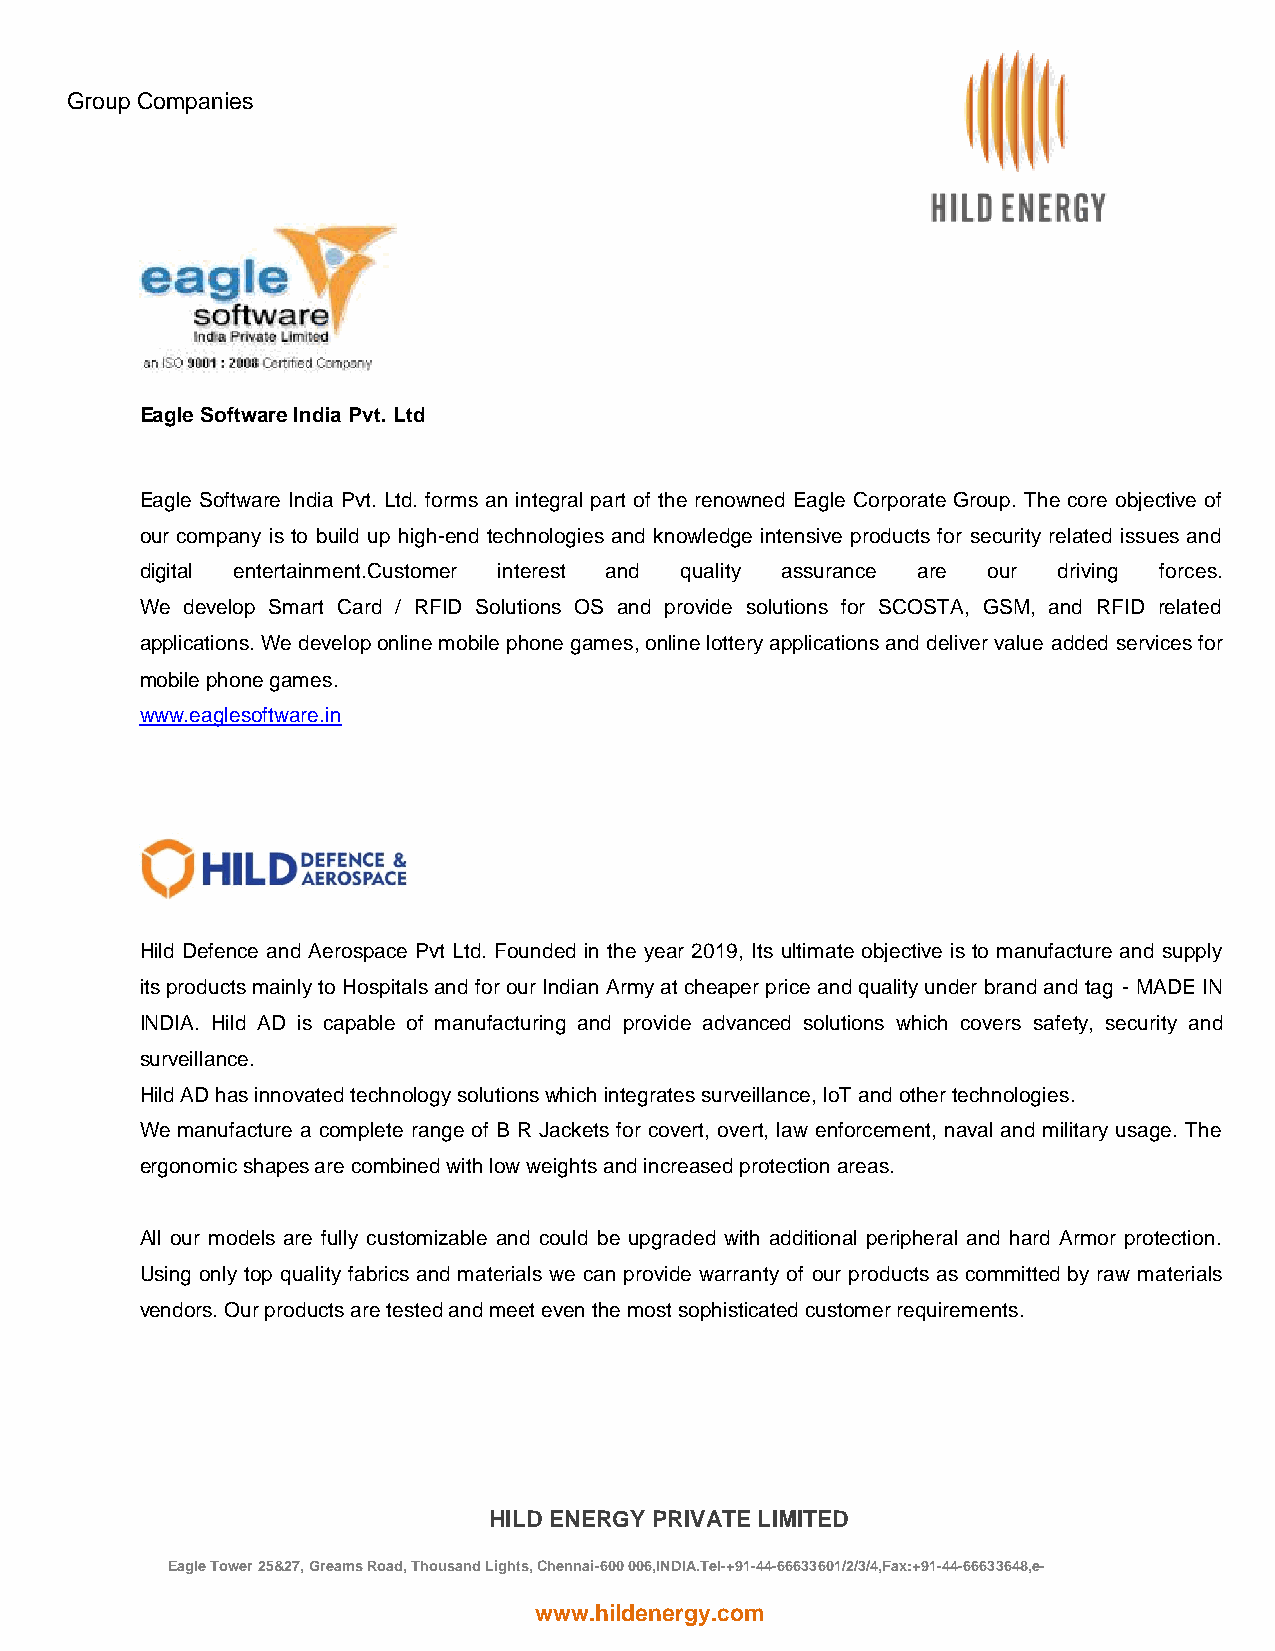
Group Companies
 Eagle Software India Pvt. Ltd
 Eagle Software India Pvt. Ltd. forms an integral part of the renowned Eagle Corporate Group. The core objective of
 our company is to build up high-end technologies and knowledge intensive products for security related issues and
 digital entertainment.Customer interest and quality assurance are our driving forces.
 We develop Smart Card / RFID Solutions OS and provide solutions for SCOSTA, GSM, and RFID related
 applications. We develop online mobile phone games, online lottery applications and deliver value added services for
 mobile phone games.
 www.eaglesoftware.in
 Hild Defence and Aerospace Pvt Ltd. Founded in the year 2019, Its ultimate objective is to manufacture and supply
 its products mainly to Hospitals and for our Indian Army at cheaper price and quality under brand and tag - MADE IN
 INDIA. Hild AD is capable of manufacturing and provide advanced solutions which covers safety, security and
 surveillance.
 Hild AD has innovated technology solutions which integrates surveillance, IoT and other technologies.
 We manufacture a complete range of B R Jackets for covert, overt, law enforcement, naval and military usage. The
 ergonomic shapes are combined with low weights and increased protection areas.
 All our models are fully customizable and could be upgraded with additional peripheral and hard Armor protection.
 Using only top quality fabrics and materials we can provide warranty of our products as committed by raw materials
 vendors. Our products are tested and meet even the most sophisticated customer requirements.
 HILD ENERGY PRIVATE LIMITED
 Eagle Tower 25&27, Greams Road, Thousand Lights, Chennai-600 006,INDIA.Tel-+91-44-66633601/2/3/4,Fax:+91-44-66633648,e-
 mail:hild@hildenergy.com
 www.hildenergy.com